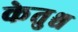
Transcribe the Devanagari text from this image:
केतुश्च